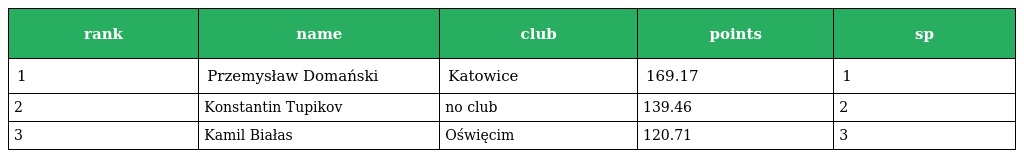
| rank | name | club | points | sp |
 | --- | --- | --- | --- | --- |
 | 1 | Przemysław Domański | Katowice | 169.17 | 1 |
 | 2 | Konstantin Tupikov | no club | 139.46 | 2 |
 | 3 | Kamil Białas | Oświęcim | 120.71 | 3 |